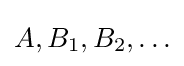
A,B_{1},B_{2},\ldots